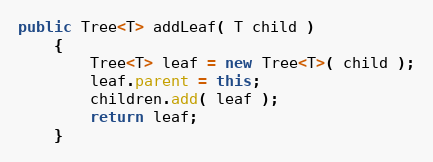
Language: Java
public Tree<T> addLeaf( T child )
    {
        Tree<T> leaf = new Tree<T>( child );
        leaf.parent = this;
        children.add( leaf );
        return leaf;
    }